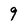
Character: 9